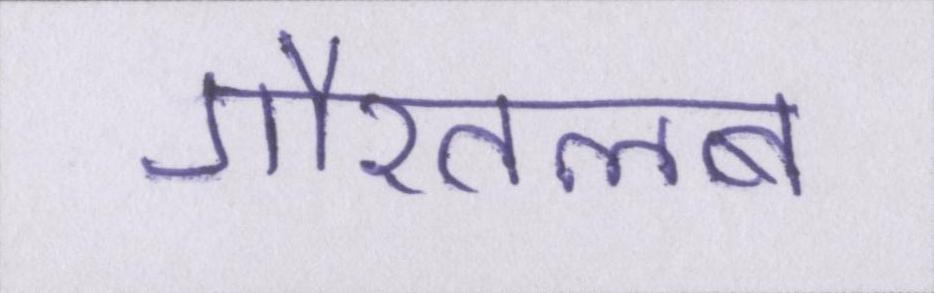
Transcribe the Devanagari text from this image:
गौरतलब